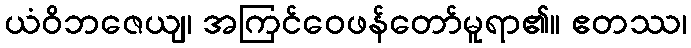
ယံဝိဘဇေယျ၊ အကြင်ဝေဖန်တော်မူရာ၏။ ဧတဿ၊